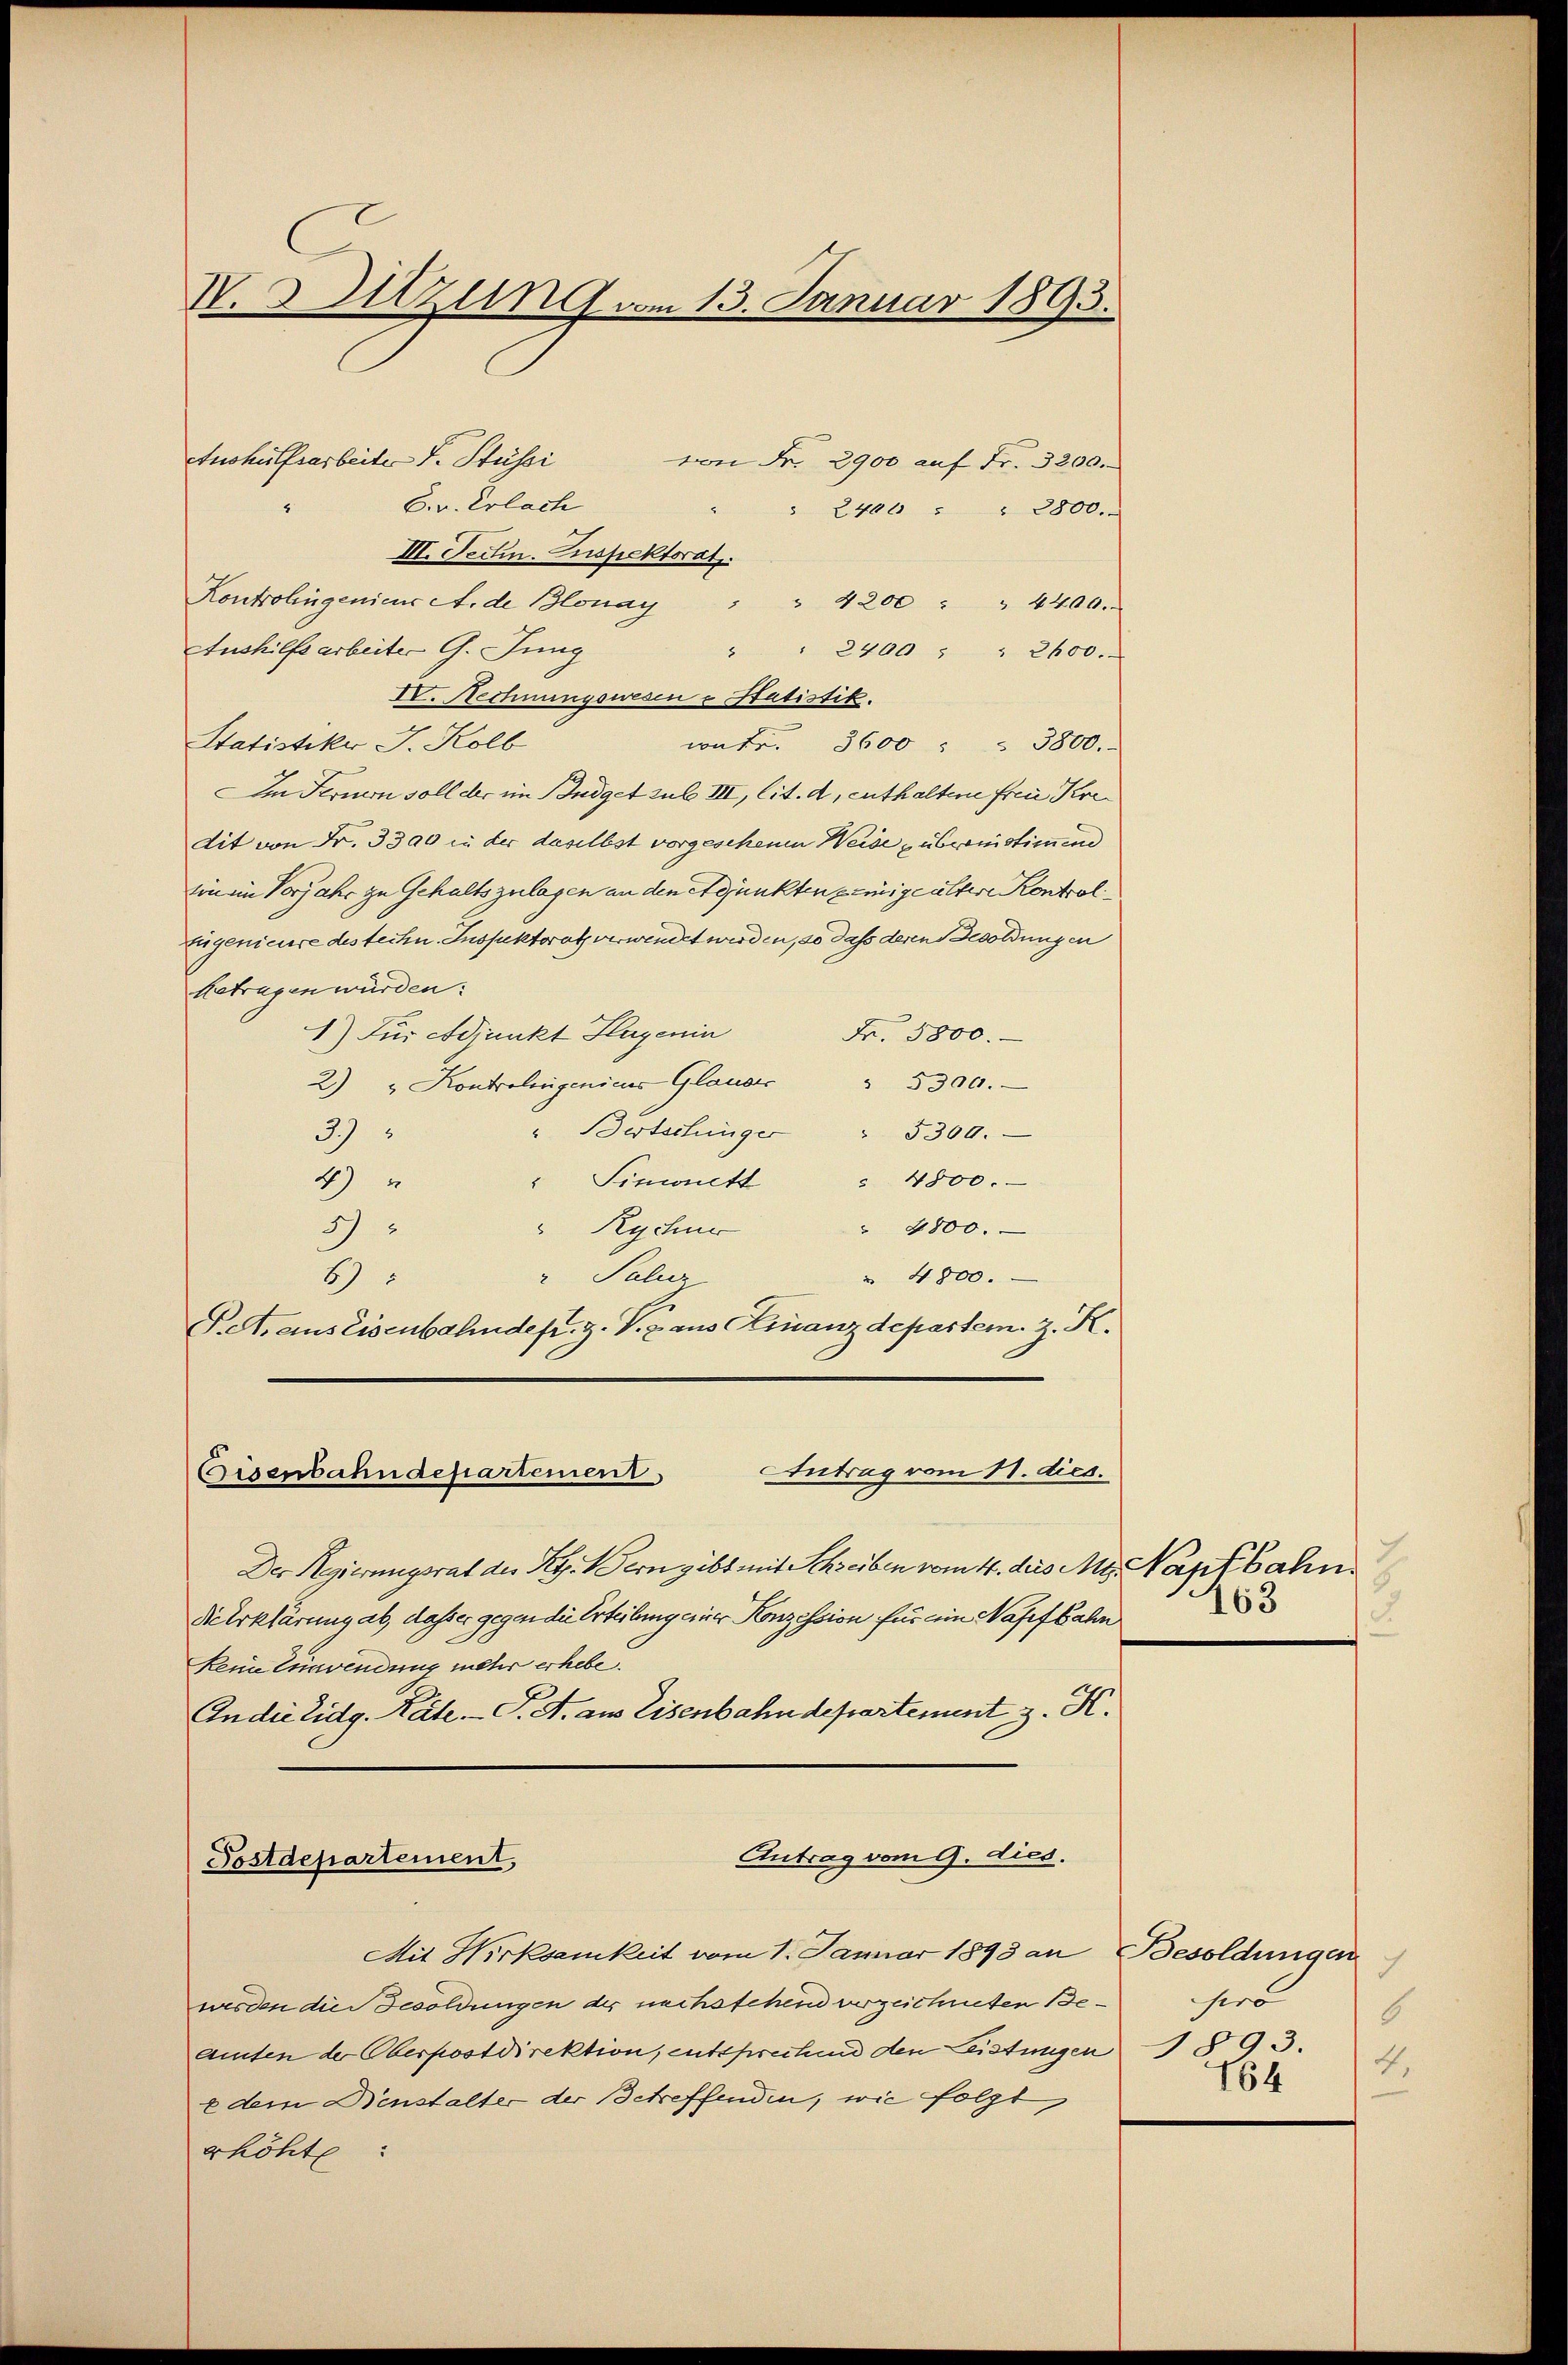
V. Sitzung vom 13. Januar 1893.

Aushülfsarbeite F. Süssi
.

6. v. Erlach
" 2400 " " 2800.
III. Fertin. Inspektorat.
Kontrolingenier A. de Blonay " " 4200 " " 4400.
Aushilfsarbeiter G. Jung
" " 2400 " " 2400.
V. Rechnungswesen & Statistik.
Statistiker J. Kolb
wate. 3600 " " 3800.
Im Fernern soll der im Budget sub III, lit. d, enthaltern freie Kredit von Fr. 3300 in der daselbst vorgeschenen Weide übernistien und
sin im Vorjahr zu Gehaltszulagen an den Adjunkten zeigeältere Kontrol
Eugenieure des techn. Inspektorat verwendet werden, so dass deren Besoldungen
betragen würden:
1) Für Adjunkt Hagenin
Fr. 5800.
" 5300.
2) " Kontrolingenies Glauber
" Bertschinger " 5300.
37
4)
" Sinnett " 4800.
" Rychur
 4800.
5
" Paluer
 4800.
6
Pet, ains Eisenbahndesr. Z. V. B. aus Clinanzdepartem z. R.
Antrag vom 11. dies.
Eisenbahndepartement
Der Regierungsrat der Reg. Bern gibt mit Schreiben vom 4. des Mg. Napfbahn
Dieerklärung ab, dass er gegen die Erteilung einer Konzession für ein Nasefbahn
Keine Einwendung mehr erhebe.
An die Eidg. Räte.- T. A. aus Eisenbahndepartement z. K.
Antrag vom 9. dies.
Postdepartement,

von Fr. 2900 auf Fr. 3200.

Mit Hirksamkeit vom 1. Januar 1893 an Besoldungen
werden die Besoldungen der nachstehend verzeichneten Beamten der Oberpostdirektion, entsprechend den Leistungen § 93.
edem Dienstalter der Betreffenden, wie folgt,
rhöhte

ch
163

sero
6
4.
164